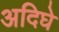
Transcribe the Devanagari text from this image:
अदिघे